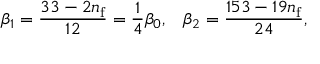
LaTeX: \beta _ { 1 } = \frac { 3 3 - 2 n _ { \mathrm { f } } } { 1 2 } = \frac { 1 } { 4 } \beta _ { 0 } , \; \; \; \beta _ { 2 } = \frac { 1 5 3 - 1 9 n _ { \mathrm { f } } } { 2 4 } ,